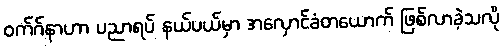
ဝက်ဂ်နာဟာ ပညာရပ် နယ်ပယ်မှာ အလှောင်ခံတယောက် ဖြစ်လာခဲ့သလို